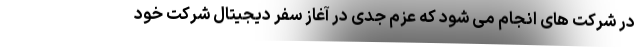
در شرکت های انجام می شود که عزم جدی در آغاز سفر دیجیتال شرکت خود